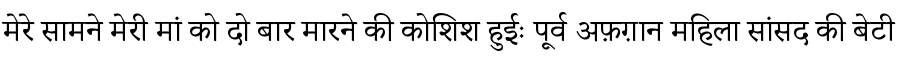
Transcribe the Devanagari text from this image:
मेरे सामने मेरी मां को दो बार मारने की कोशिश हुईः पूर्व अफ़ग़ान महिला सांसद की बेटी